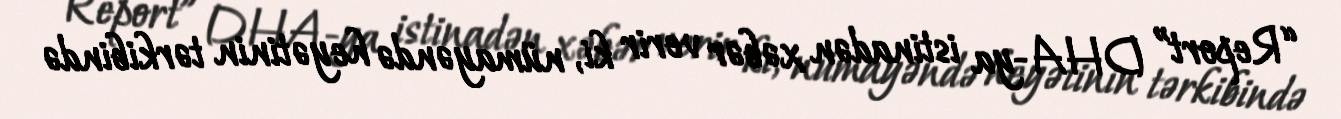
“Report” DHA-ya istinadən xəbər verir ki, nümayəndə heyətinin tərkibində